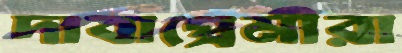
দাবাপ্রেমীরা